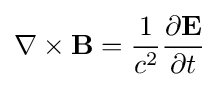
\nabla \times \mathbf {B} ={\frac {1}{c^{2}}}{\frac {\partial \mathbf {E} }{\partial t}}